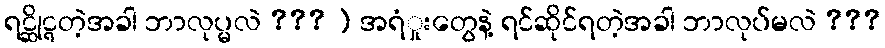
ရင္ဆိုင္ရတဲ့အခါ ဘာလုပ္မလဲ ??? ] အရံှုးတွေနဲ့ ရင်ဆိုင်ရတဲ့အခါ ဘာလုပ်မလဲ ???